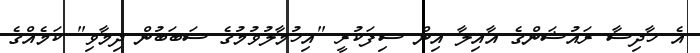
އެ ހާދިސާ ރައުޝަންގެ އާއިލާ އިން ސިފަކުރީ "އިހުމާލުވުމުގެ ސަބަބުން ދިމާވި" ކަމެއްގެ